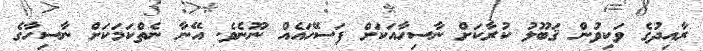
ރާއިދުގެ ވަކިވުން ޤަބޫލު ކުރާކަށް ނާސިހާއަކަށް ފަސޭހައެއް ނޫނެވެ. އޭނާ ނެތްކަމަކަށް ނާސިހާގެ